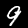
Label: 9